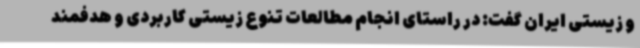
و زیستی ایران گفت: در راستای انجام مطالعات تنوع زیستی کاربردی و هدفمند